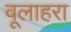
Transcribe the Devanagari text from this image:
वूलाहरा